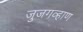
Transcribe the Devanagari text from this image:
जुजगव्हाण